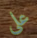
على